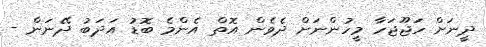
ދީނަށް ހަޖޫޖަހާ މީހުންނަށް ދެވެން އޮތް އެންމެ ބޮޑު އަދަބު ދޭނަން -